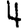
Digit: 4